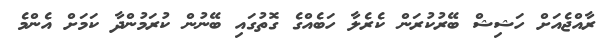
ރާއްޖެއަށް ހަޝިޝް ބޭރުކުރަން ކެރެލާ ހަބެއްގެ ގޮތުގައި ބޭނުން ކުރަމުންދާ ކަމަށް އެންމެ